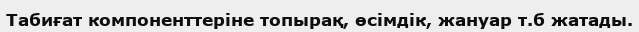
Табиғат компоненттеріне топырақ, өсімдік, жануар т.б жатады.